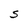
Character: S